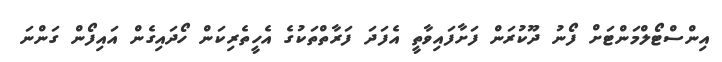
އިންސްޓޯލްމަންޓަށް ފޯނު ދޫކުރަން ފަށާފައިވާތީ އެފަދަ ފަރާތްތަކުގެ އެހީތެރިކަން ހޯޯދައިގެން އައިފޯން ގަންނަ